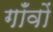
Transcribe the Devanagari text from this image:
गॉंवों